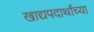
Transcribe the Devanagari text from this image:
खाद्यपदार्थांच्या